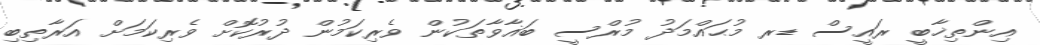
އިންތިޚާބީ ރައީސް ޑރ މުޙައްމަދު މުރްސީ ބަޣާވާތަކުން ވެރިކަމުން ދުރުކޮށް ވެރިކަމަށް އަރާތިބި